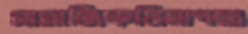
সামাজিকনিরাপত্তা